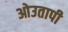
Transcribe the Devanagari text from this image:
ओउतापी